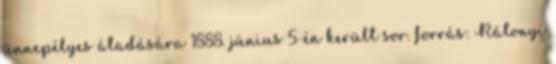
ünnepélyes átadására 1888. június 5-én került sor. forrás: Rátonyi